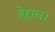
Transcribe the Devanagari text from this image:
बेहाल।